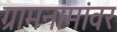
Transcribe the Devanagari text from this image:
ग्रामनामांवर